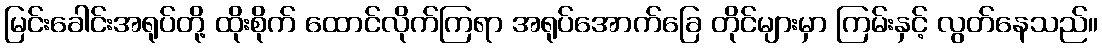
မြင်းခေါင်းအရုပ်တို့ ထိုးစိုက် ထောင်လိုက်ကြရာ အရုပ်အောက်ခြေ တိုင်များမှာ ကြမ်းနှင့် လွတ်နေသည်။